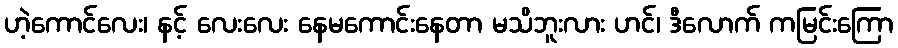
ဟဲ့ကောင်လေး၊ နင့် လေးလေး နေမကောင်းနေတာ မသိဘူးလား ဟင်၊ ဒီလောက် ကမြင်းကြော